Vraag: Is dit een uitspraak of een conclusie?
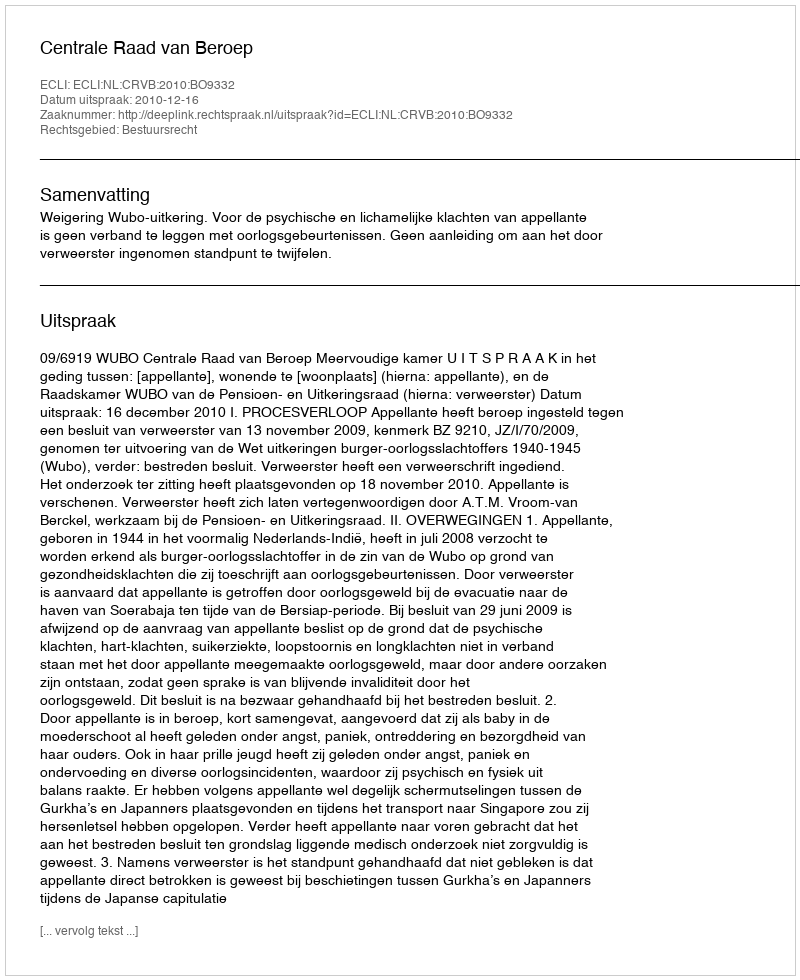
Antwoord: Uitspraak